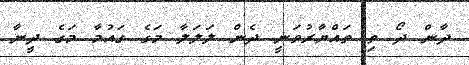
ދާން ދޯ ތި ތައްޔާރުވަނީ ދެން ލަލަލާ މަގެ ގައުމާ މަގެ ދީނާ